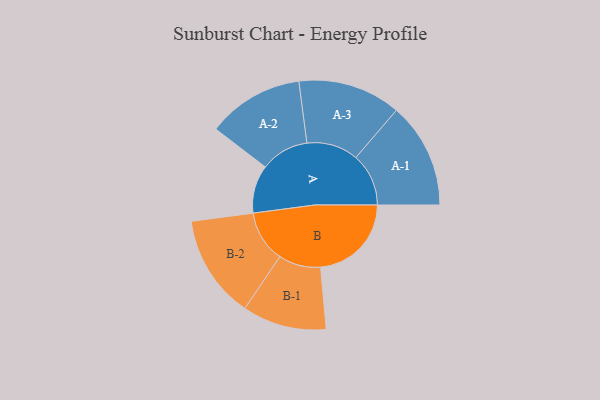
{"axis": {"x": "Segment", "y": "Value"}, "legend": ["", "A", "B"], "data": [{"x": "A", "y": 224, "type": ""}, {"x": "B", "y": 423, "type": ""}, {"x": "A-1", "y": 246, "type": "A"}, {"x": "A-2", "y": 225, "type": "A"}, {"x": "A-3", "y": 240, "type": "A"}, {"x": "B-1", "y": 196, "type": "B"}, {"x": "B-2", "y": 241, "type": "B"}]}